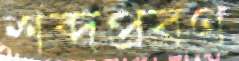
শব্দপ্রবণ